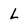
Character: L